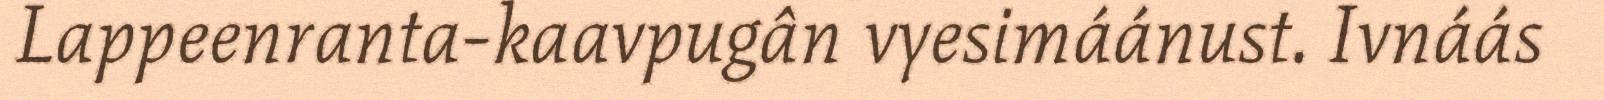
Lappeenranta-kaavpugân vyesimáánust. Ivnáás